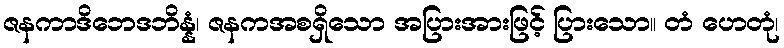
ဇနကာဒိဘေဒဘိန္နံ၊ ဇနကအစရှိသော အပြားအားဖြင့် ပြားသော။ တံ ဟေတုံ၊